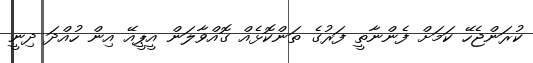
ކުރަންޖެހޭ ކަމަށް ފެންނާތީ ފަރުގެ ތަންކޮޅެއް ގޮއްވާލަން އީޕީއޭ އިން ހުއްދަ ދިނީ